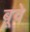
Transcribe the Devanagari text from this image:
बूवे